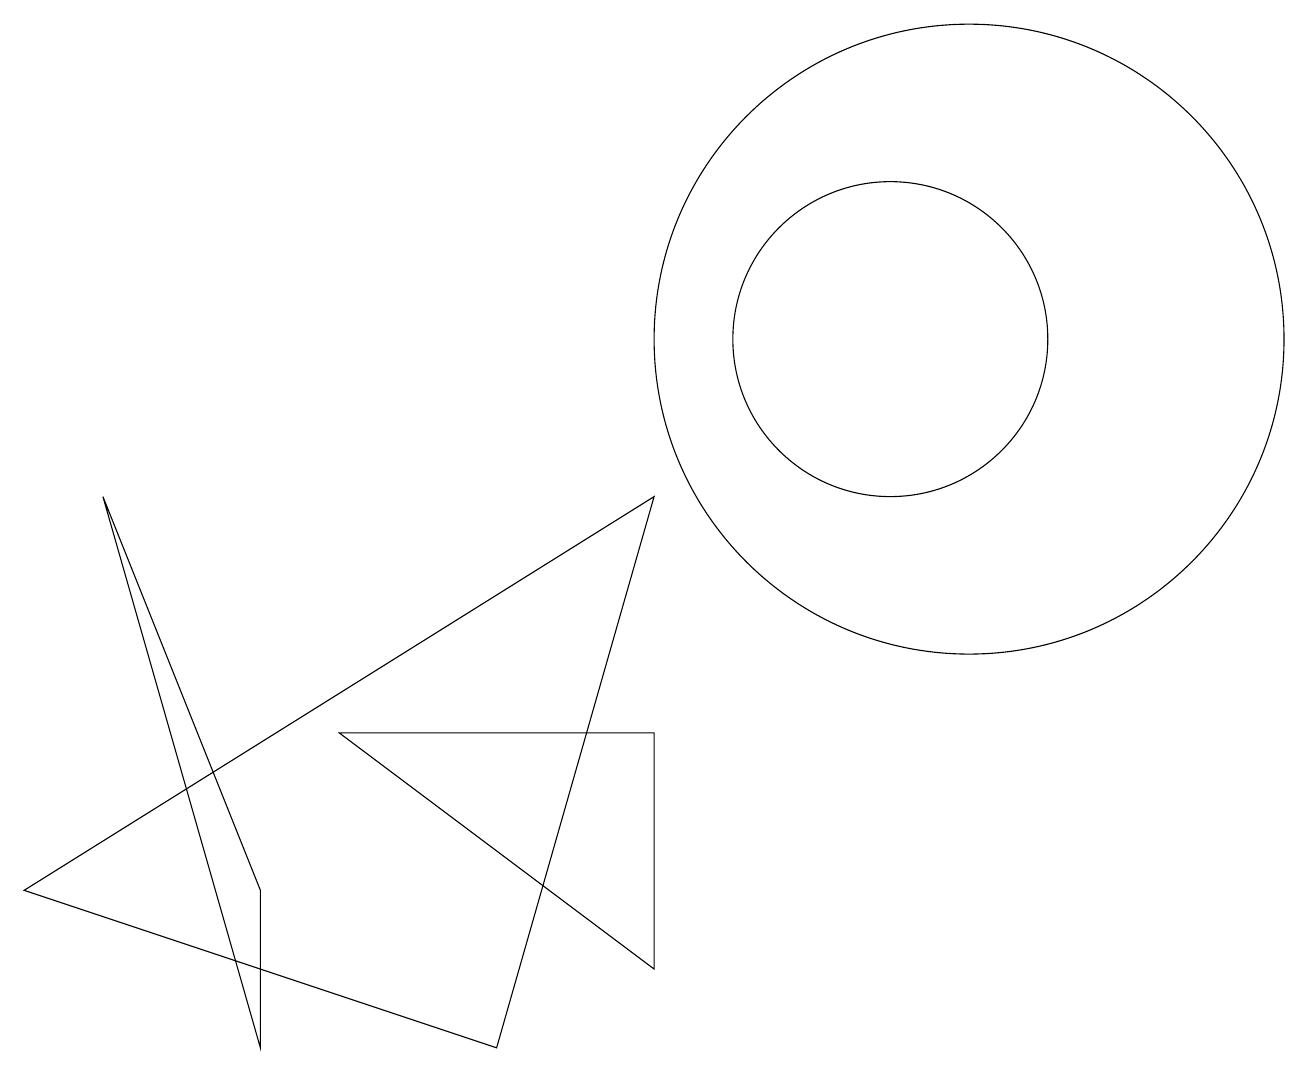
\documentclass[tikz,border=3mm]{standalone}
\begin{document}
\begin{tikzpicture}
\draw (8,9) -- (0,4) -- (6,2) -- cycle;
\draw (12,11) circle (4);
\draw (3,2) -- (1,9) -- (3,4) -- cycle;
\draw (11,11) circle (2);
\draw (8,3) -- (8,6) -- (4,6) -- cycle;
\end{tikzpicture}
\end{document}